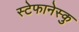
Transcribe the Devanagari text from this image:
स्टेफानेस्कु